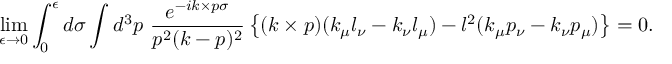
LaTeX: \operatorname * { l i m } _ { \epsilon \to 0 } \int _ { 0 } ^ { \epsilon } d \sigma \int d ^ { 3 } p ~ \frac { e ^ { - i k \times p \sigma } } { p ^ { 2 } ( k - p ) ^ { 2 } } \left\{ ( k \times p ) ( k _ { \mu } l _ { \nu } - k _ { \nu } l _ { \mu } ) - l ^ { 2 } ( k _ { \mu } p _ { \nu } - k _ { \nu } p _ { \mu } ) \right\} = 0 .